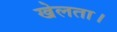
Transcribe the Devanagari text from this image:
खेलता।